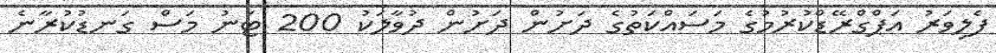
ފެލިވަރު އަޕްގްރޭޑްކުރުމުގެ މަސައްކަތުގެ ދަށުން ދަށުން ދުވާލަކު 200 ޓަނު މަސް ގަނޑުކުރާނެ